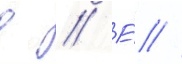
д // Е́ //